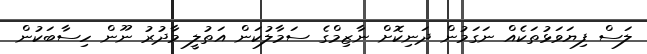
ލަސް ފިޔަވަޅުތަކެއް ނަގަމުން ދަނިކޮށް ނާޒިމްގެ ސަމާލުކަން އަތުލީ މާދުރު ނޫން ހިސާބަކުން